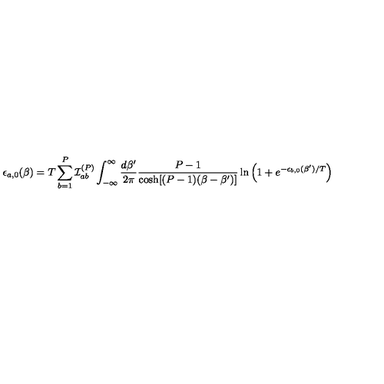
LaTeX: \epsilon _ { a , 0 } ( \beta ) = T \sum _ { b = 1 } ^ { P } { \cal I } _ { a b } ^ { ( P ) } \int _ { - \infty } ^ { \infty } \frac { d \beta ^ { \prime } } { 2 \pi } \frac { P - 1 } { \cosh [ ( P - 1 ) ( \beta - \beta ^ { \prime } ) ] } \ln \left( 1 + e ^ { - \epsilon _ { b , 0 } ( \beta ^ { \prime } ) / T } \right)